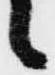
々